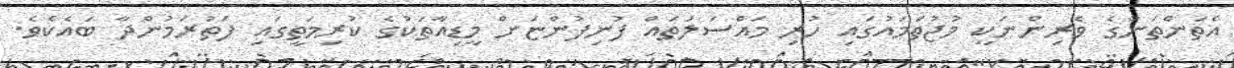
އެތަންތަނުގެ ވެރިންނަކީ މުޖުތަމައުގައި ހުރި މައްސަލަތައް ފުނިފުންޏަށް މީޑިއާތަކުގެ ކުރިމަތީގައި ފަތުރަމުންދާ ބައެކެވެ.